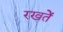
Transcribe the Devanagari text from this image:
रखतेें